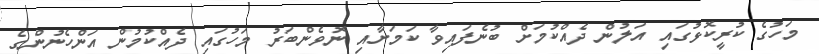
މަހުގެ ކުރީކޮޅުގައި އަލުން ދެއްކުމަށް ބުނެފައިވާ ކަމަށާއި ނޮވެންބަރު މަހުގައި ދެއްކުމުން އަންހެނުންގެ